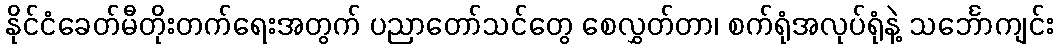
နိုင်ငံခေတ်မီတိုးတက်ရေးအတွက် ပညာတော်သင်တွေ စေလွှတ်တာ၊ စက်ရုံအလုပ်ရုံနဲ့ သင်္ဘောကျင်း